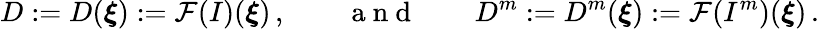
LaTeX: D:=D(\boldsymbol{\xi}):=\mathcal{F}(I)(\boldsymbol{\xi})\, ,\qquad\mathrm{~a~n~d~}\qquad D^{m}:=D^{m}(\boldsymbol{\xi}):=\mathcal{F}(I^{m})(\boldsymbol{\xi})\, .